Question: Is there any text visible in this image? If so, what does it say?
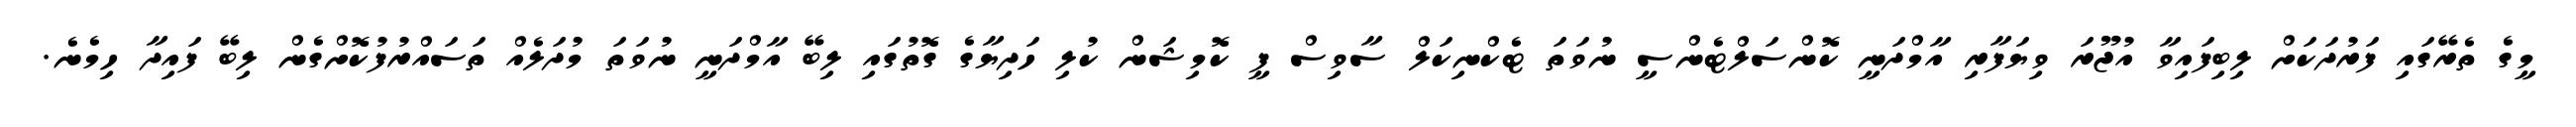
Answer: މީގެ ތެރޭގައި ފަރުދަކަށް ލިބިފައިވާ އުޖޫރަ ވިޔަފާރި އާމްދަނީ ކޮންސަލްޓެންސީ ނުވަތަ ޓެކްނިކަލް ސާވިސް ފީ ކޮމިޝަން ކުލި ހަދިޔާގެ ގޮތުގައި ލިބޭ އާމްދަނީ ނުވަތަ މުދަލެއް ތަސައްރުފުކޮށްގެން ލިބޭ ފައިދާ ހިމެނެ.